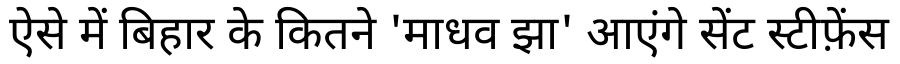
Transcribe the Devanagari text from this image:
ऐसे में बिहार के कितने 'माधव झा' आएंगे सेंट स्टीफ़ेंस